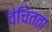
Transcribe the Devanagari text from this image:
वंचितता